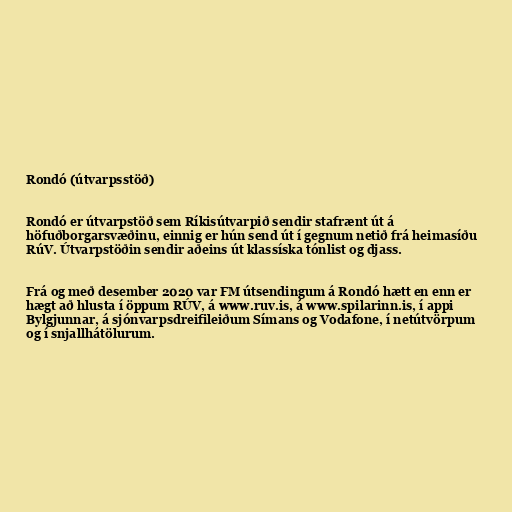
Rondó (útvarpsstöð)

Rondó er útvarpstöð sem Ríkisútvarpið sendir stafrænt út á
höfuðborgarsvæðinu, einnig er hún send út í gegnum netið frá heimasíðu
RúV. Útvarpstöðin sendir aðeins út klassíska tónlist og djass.

Frá og með desember 2020 var FM útsendingum á Rondó hætt en enn er
hægt að hlusta í öppum RÚV, á www.ruv.is, á www.spilarinn.is, í appi
Bylgjunnar, á sjónvarpsdreifileiðum Símans og Vodafone, í netútvörpum
og í snjallhátölurum.